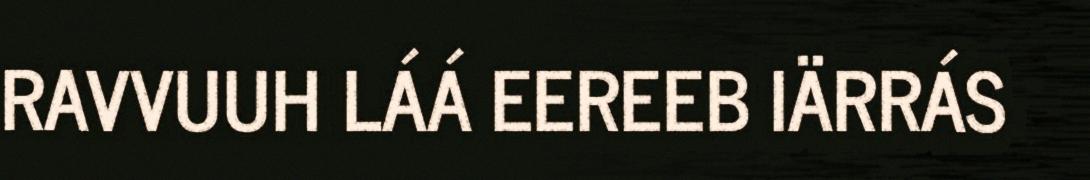
RAVVUUH LÁÁ EEREEB IÄRRÁS